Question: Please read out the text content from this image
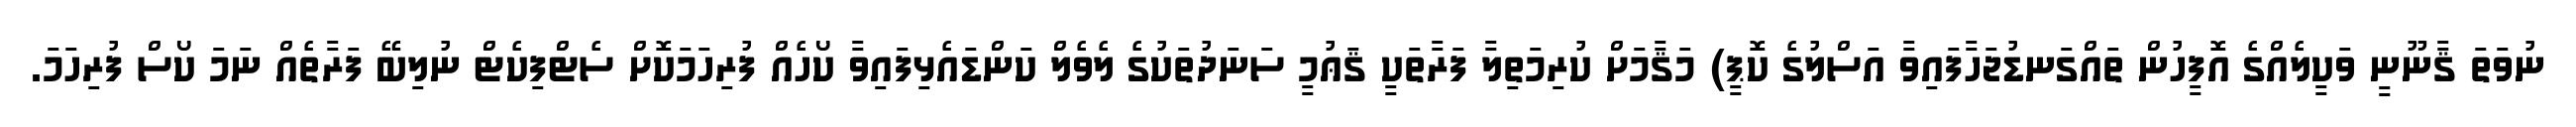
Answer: ނުވަތަ ޤާނޫނީ ވަކީލެއްގެ އޮފީހުން ތައްގަނޑުޖަހާފައިވާ އަސްލުގެ ކޮޕީ) މަޤާމަށް ކުރިމަތިލާ ފަރާތަކީ ޤަޢުމީ ސަނަދުތަކުގެ ލެވެލް ކަންޑައެޅިފައިވާ ކޯހެއް ފުރިހަމަކޮށް ސެޓްފިކެޓް ނުލިބޭ ފަރާތެއް ނަމަ ކޯސް ފުރިހަމަ.